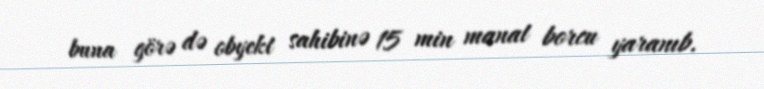
buna görə də obyekt sahibinə 15 min manat borcu yaranıb.